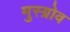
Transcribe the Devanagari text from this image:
मुस्ग्रोव